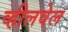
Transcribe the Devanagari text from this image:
व्हीलवेल